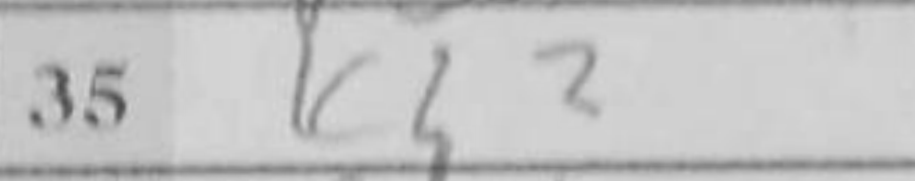
Transcription: Kh2